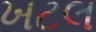
ખટલ